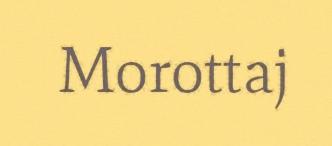
Morottaj